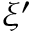
\xi ^ { \prime }